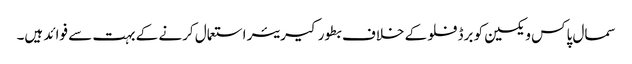
سمال پاکس ویکسین کو برڈ فلو کے خلاف بطور کیریئر استعمال کرنے کے بہت سے فوائد ہیں۔